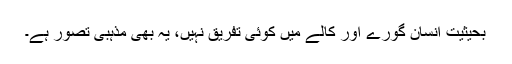
بحیثیت انسان گورے اور کالے میں کوئی تفریق نہیں، یہ بھی مذہبی تصور ہے۔